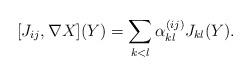
LaTeX: \begin{gather*}[J_{ij},\nabla X](Y) = \sum_{k<l} \alpha_{kl}^{(ij)} J_{kl}(Y).\end{gather*}